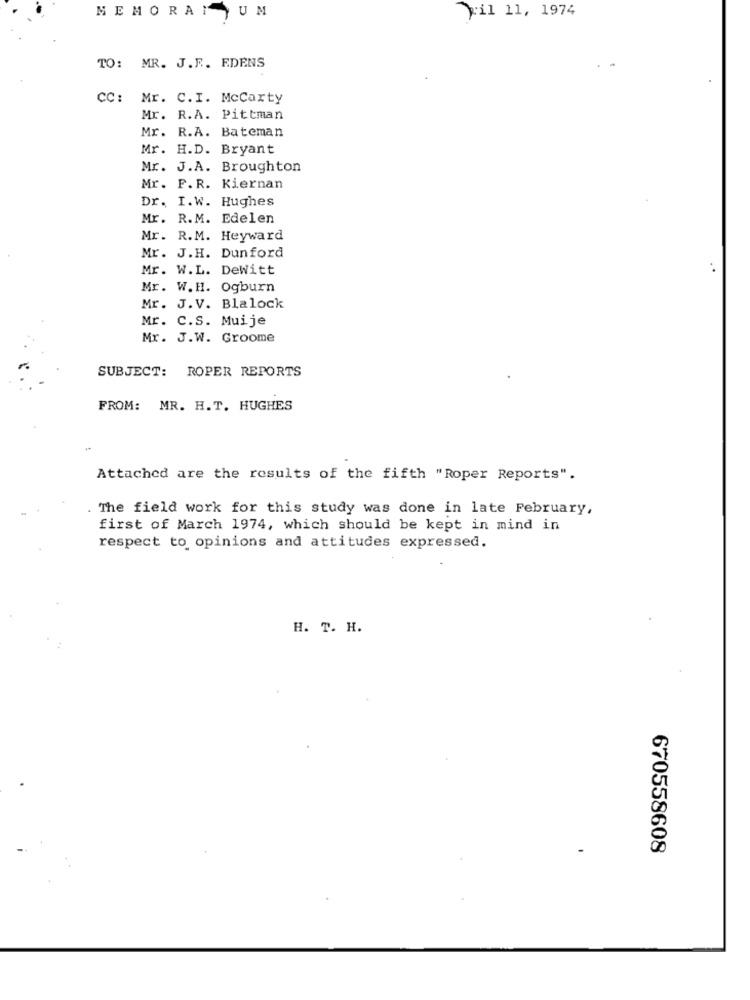
MEMORAN UM
yil 11, 1974
TO: MR. J.R .. E.DENS
CC :
Mr. C.I. Mccarty
Mr. R.A. Pittman
Mr. R.A. Bateman
Mr. H.D. Bryant
Mr. J.A. Broughton
Mr. P.R. Kiernan
Dr. I.W. Hughes
Mr. R.M. Edelen
Mr. R.M. Heyward
Mr. J.H. Dunford
Mr. W.L. DeWitt
Mr. W.H. Ogburn
Mr. J.V. Blalock
Mr. C.S. Muije
Mr. J.W. Groome
SUBJECT:
ROPER REPORTS
FROM: MR. H.T. HUGHES
Attached are the results of the fifth "Roper Reports".
. The field work for this study was done in late February,
first of March 1974, which should be kept in mind in
respect to opinions and attitudes expressed.
H. T. H.
670558608